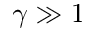
\gamma \gg 1